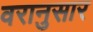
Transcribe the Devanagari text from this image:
वरानुसार